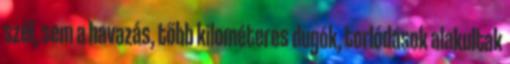
szél, sem a havazás, több kilométeres dugók, torlódások alakultak